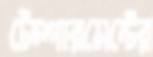
টেম্পারমেন্টের